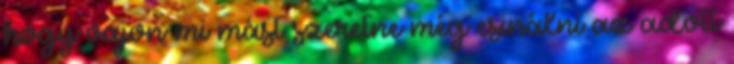
hogy vajon mi mást szeretne még csinálni az adott